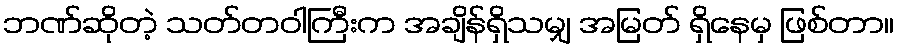
ဘဏ်ဆိုတဲ့ သတ်တဝါကြီးက အချိန်ရှိသမျှ အမြတ် ရှိနေမှ ဖြစ်တာ။